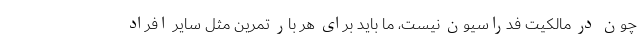
چون در مالکیت فدراسیون نیست، ما باید برای هر بار تمرین مثل سایر افراد